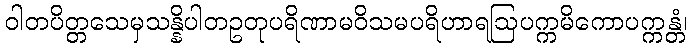
ဝါတပိတ္တသေမှသန္နိပါတဥတုပရိဏာမဝိသမပရိဟာရဩပက္ကမိကောပက္ကန္တံ၊